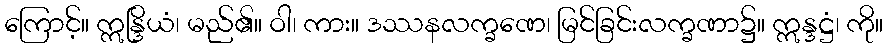
ကြောင့်။ ဣန္ဒြိယံ၊ မည်၏။ ဝါ၊ ကား။ ဒဿနလက္ခဏေ၊ မြင်ခြင်းလက္ခဏာ၌။ ဣန္ဒဋ္ဌံ၊ ကို။